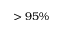
> 9 5 \%